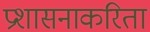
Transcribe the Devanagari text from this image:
प्रशासनाकरिता